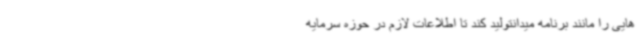
هایی را مانند برنامه میدانتولید کند تا اطلاعات لازم در حوزه سرمایه